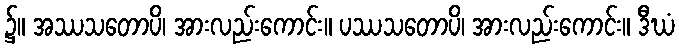
၌။ အဿသတောပိ၊ အားလည်းကောင်း။ ပဿသတောပိ၊ အားလည်းကောင်း။ ဒီဃံ